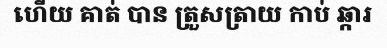
ហើយ គាត់ បាន ត្រួសត្រាយ កាប់ ឆ្ការ